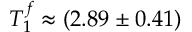
T _ { 1 } ^ { f } \approx ( 2 . 8 9 \pm 0 . 4 1 )